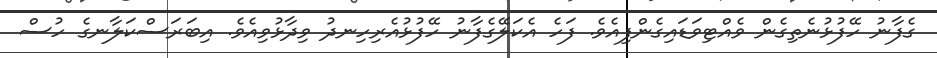
ގެފާނު ހޭފުޅުނެތިގެން ވެއްޓިވަޑައިގެންފިއެވެ. ފަހެ އެކަލޭގެފާނު ހޭފުޅުއެރިހިނދު ވިދާޅުވިއެވެ. އިބަރަސްކަލާނގެ ހުސް